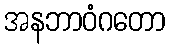
အနဘာဝံဂတော